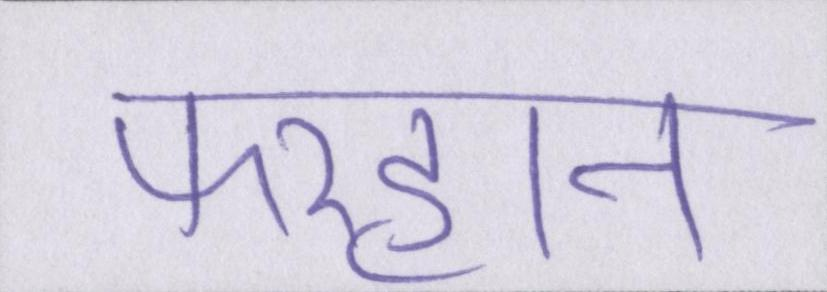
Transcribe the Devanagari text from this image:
फरहान